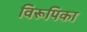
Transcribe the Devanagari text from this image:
विरूपिका